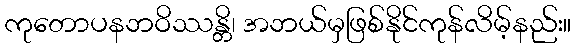
ကုတောပနဘဝိဿန္တိ၊ အဘယ်မှဖြစ်နိုင်ကုန်လိမ့်နည်း။